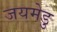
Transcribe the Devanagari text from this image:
जयमेडु